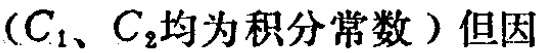
（\(C_1、C_2\)均为积分常数）但因